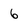
Character: 6